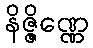
နိဇ္ဇိဏ္ဏေ